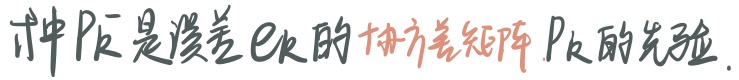
式中 $P_k^-$ 是误差 $e_k$ 的协方差矩阵 $P_k$ 的先验.